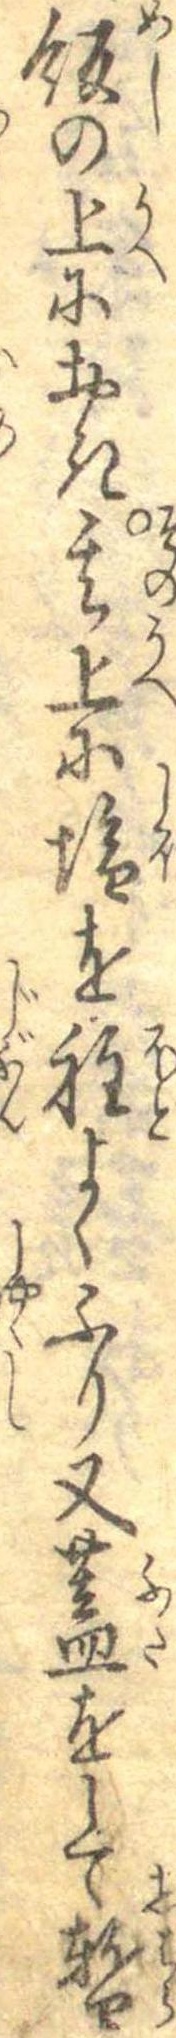
飯の上におき其上に塩を程よくふり又蓋をして暫